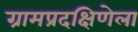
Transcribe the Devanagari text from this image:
ग्रामप्रदक्षिणेला